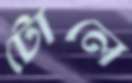
টোলে